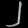
Digit: ၂